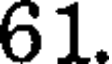
61.